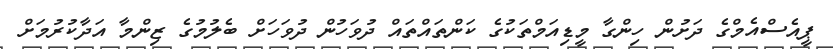
ޕީއެސްއެމްގެ ދަށުން ހިންގާ މީޑިއަމްތަކުގެ ކަންތައްތައް ދުވަހުން ދުވަހަށް ބެލުމުގެ ޒިންމާ އަދާކުރުމަށް